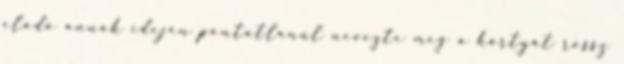
eladó annak idején pontatlanul nevezte meg a kártyát rossz